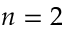
n = 2